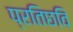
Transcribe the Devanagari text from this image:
प्रतिछवि